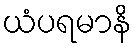
ယံပရမာနိ